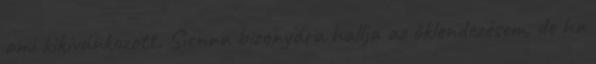
ami kikívánkozott. Sienna bizonyára hallja az öklendezésem, de ha